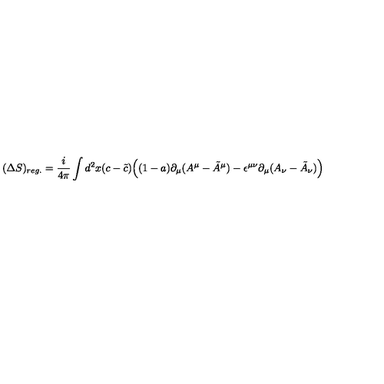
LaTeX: ( \Delta S ) _ { r e g . } = { \frac { i } { 4 \pi } } \int d ^ { 2 } x ( c - \tilde { c } ) \Big ( ( 1 - a ) \partial _ { \mu } ( A ^ { \mu } - \tilde { A } ^ { \mu } ) - \epsilon ^ { \mu \nu } \partial _ { \mu } ( A _ { \nu } - \tilde { A } _ { \nu } ) \Big )